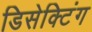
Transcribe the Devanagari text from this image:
डिसेक्टिंग